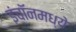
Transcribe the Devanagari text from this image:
इंचॉनमध्ये